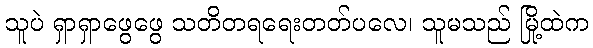
သူပဲ ရှာရှာဖွေဖွေ သတိတရရေးတတ်ပလေ၊ သူမသည် မြို့ထဲက